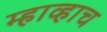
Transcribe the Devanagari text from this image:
म्हाव्हाच